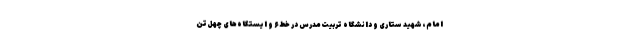
امام، شهید ستاری و دانشگاه تربیت‌مدرس در خط ۶ و ایستگاه‌های چهل‌تن